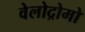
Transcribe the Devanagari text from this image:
वेलोद्रोमो